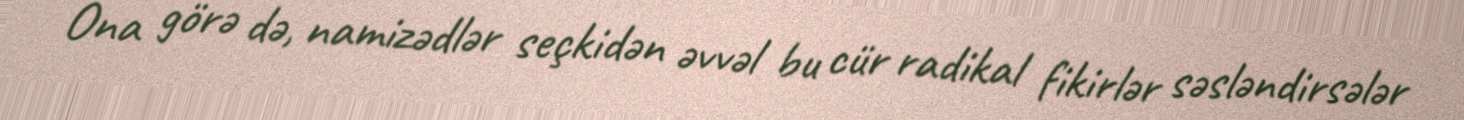
Ona görə də, namizədlər seçkidən əvvəl bu cür radikal fikirlər səsləndirsələr